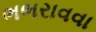
ભભરાવવા